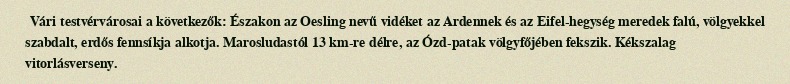
Vári testvérvárosai a következők: Északon az Oesling nevű vidéket az Ardennek és az Eifel-hegység meredek falú, völgyekkel szabdalt, erdős fennsíkja alkotja. Marosludastól 13 km-re délre, az Ózd-patak völgyfőjében fekszik. Kékszalag vitorlásverseny.